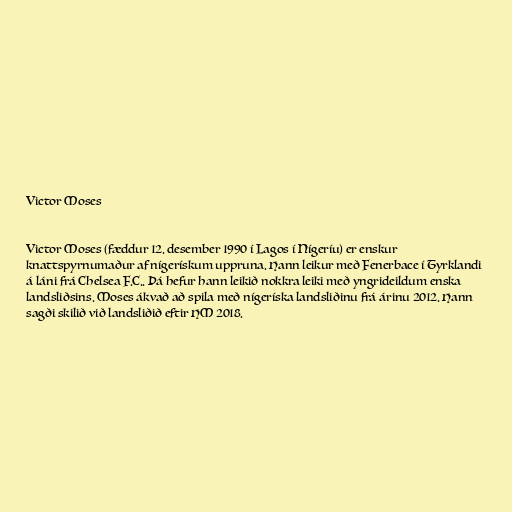
Victor Moses

Victor Moses (fæddur 12. desember 1990 í Lagos í Nígeríu) er enskur
knattspyrnumaður af nígerískum uppruna. Hann leikur með Fenerbace í Tyrklandi
á láni frá Chelsea F.C.. Þá hefur hann leikið nokkra leiki með yngrideildum enska
landsliðsins. Moses ákvað að spila með nígeríska landsliðinu frá árinu 2012. Hann
sagði skilið við landsliðið eftir HM 2018.